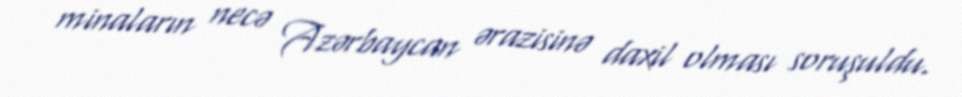
minaların necə Azərbaycan ərazisinə daxil olması soruşuldu.